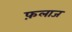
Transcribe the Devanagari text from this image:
फ़लाज